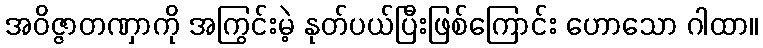
အဝိဇ္ဇာတဏှာကို အကြွင်းမဲ့ နုတ်ပယ်ပြီးဖြစ်ကြောင်း ဟောသော ဂါထာ။